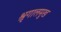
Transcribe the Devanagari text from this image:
श्रृगालमुख